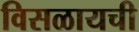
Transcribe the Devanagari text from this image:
विसळायची